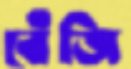
বেঁজি